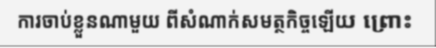
ការចាប់ខ្លួនណាមួយ ពីសំណាក់សមត្ថកិច្ចឡើយ ព្រោះ